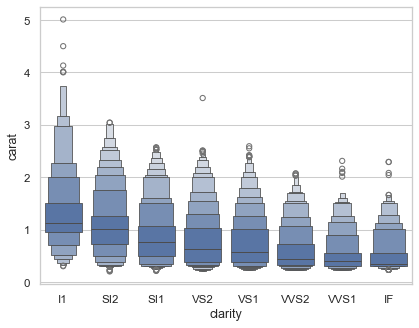
python, seaborn, boxenplot